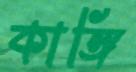
কাঙ্গি